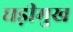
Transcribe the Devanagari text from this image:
घड़ीमुख